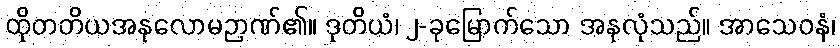
ထိုတတိယအနုလောမဉာဏ်၏။ ဒုတိယံ၊ ၂-ခုမြောက်သော အနုလုံသည်။ အာသေဝနံ၊